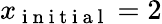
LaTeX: x_{\mathrm{~i~n~i~t~i~a~l~}}=2